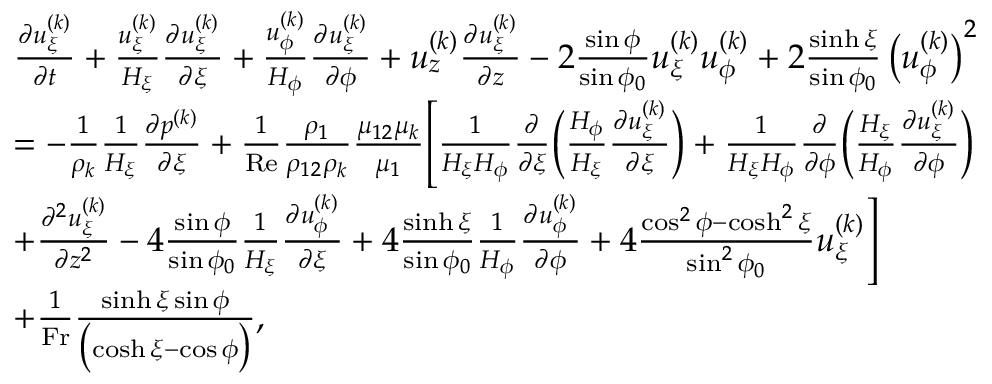
\begin{array} { r } { \begin{array} { r l } & { \frac { \partial u _ { \xi } ^ { ( k ) } } { \partial t } + \frac { u _ { \xi } ^ { ( k ) } } { H _ { \xi } } \frac { \partial u _ { \xi } ^ { ( k ) } } { \partial \xi } + \frac { u _ { \phi } ^ { ( k ) } } { H _ { \phi } } \frac { \partial u _ { \xi } ^ { ( k ) } } { \partial \phi } + u _ { z } ^ { ( k ) } \frac { \partial u _ { \xi } ^ { ( k ) } } { \partial z } - 2 \frac { \sin \phi } { \sin \phi _ { 0 } } u _ { \xi } ^ { ( k ) } u _ { \phi } ^ { ( k ) } + 2 \frac { \sinh \xi } { \sin \phi _ { 0 } } \left( u _ { \phi } ^ { ( k ) } \right) ^ { 2 } } \\ & { = - \frac { 1 } { \rho _ { k } } \frac { 1 } { H _ { \xi } } \frac { \partial p ^ { ( k ) } } { \partial \xi } + \frac { 1 } { \mathrm { R e } } \frac { \rho _ { 1 } } { \rho _ { 1 2 } \rho _ { k } } \frac { \mu _ { 1 2 } \mu _ { k } } { \mu _ { 1 } } \Biggl [ \frac { 1 } { H _ { \xi } H _ { \phi } } \frac { \partial } { \partial \xi } \biggl ( \frac { H _ { \phi } } { H _ { \xi } } \frac { \partial u _ { \xi } ^ { ( k ) } } { \partial \xi } \biggr ) + \frac { 1 } { H _ { \xi } H _ { \phi } } \frac { \partial } { \partial \phi } \biggl ( \frac { H _ { \xi } } { H _ { \phi } } \frac { \partial u _ { \xi } ^ { ( k ) } } { \partial \phi } \biggr ) } \\ & { + \frac { \partial ^ { 2 } u _ { \xi } ^ { ( k ) } } { \partial z ^ { 2 } } - 4 \frac { \sin \phi } { \sin \phi _ { 0 } } \frac { 1 } { H _ { \xi } } \frac { \partial u _ { \phi } ^ { ( k ) } } { \partial \xi } + 4 \frac { \sinh \xi } { \sin \phi _ { 0 } } \frac { 1 } { H _ { \phi } } \frac { \partial u _ { \phi } ^ { ( k ) } } { \partial \phi } + 4 \frac { \cos ^ { 2 } \phi - \cosh ^ { 2 } \xi } { \sin ^ { 2 } \phi _ { 0 } } u _ { \xi } ^ { ( k ) } \Biggr ] } \\ & { + \frac { 1 } { \mathrm { F r } } \frac { \sinh \xi \sin \phi } { \bigl ( \cosh \xi - \cos \phi \bigr ) } , } \end{array} } \end{array}